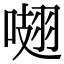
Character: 𠺏